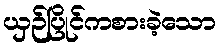
ယှဉ်ပြိုင်ကစားခဲ့သော